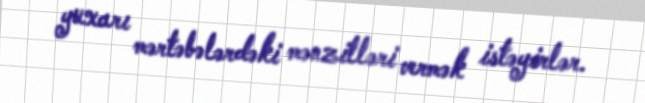
yuxarı mərtəbələrdəki mənzilləri vermək istəyirlər.